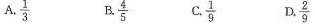
A. \frac{1}{3} B \frac{4}{5} c \frac{1}{9}D \frac{2}{9}